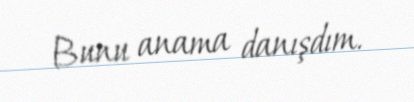
Bunu anama danışdım.